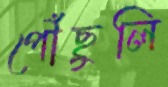
পৌঁছুলি